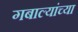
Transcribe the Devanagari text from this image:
गबाल्यांच्या